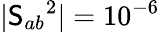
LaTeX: |\mathsf{S}_{ab}{}^{2}|=10^{-6}